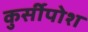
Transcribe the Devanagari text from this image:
कुर्सीपोश